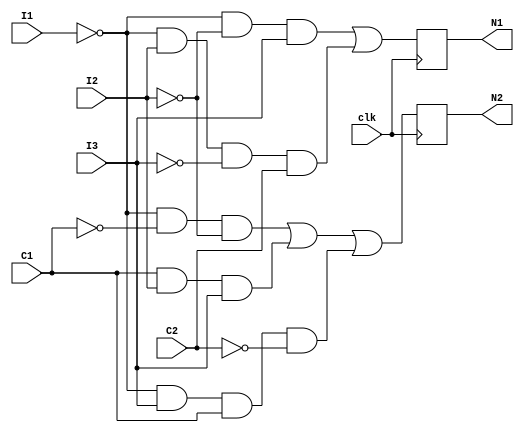
module next_state_fsm(I1,I2,I3,clk,C1,C2,N1,N2);
input I1,I2,I3,C1,C2,clk;
output reg N1,N2;

always@(negedge clk) begin
    N1 = ((!I1) & (!I2) & I3) | ((!I1) & I2 & (!I3) & C2);
    N2 = ((!I1) & (!C1) & (!I2)) | (C1 & I2 & I3 ) | ((!I1) & I3 & C1 & (!C2));
end

endmodule